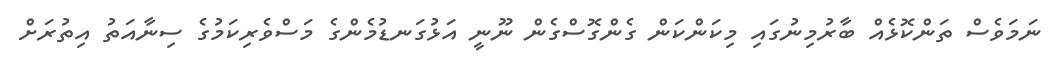
ނަމަވެސް ތަންކޮޅެއް ބާރުމިނުގައި މިކަންކަން ގެންގޮސްގެން ނޫނީ އަޅުގަނޑުމެންގެ މަސްވެރިކަމުގެ ސިނާއަތު އިތުރަށް